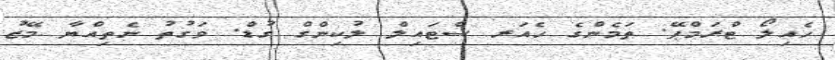
ހެއިލޯ ޓްރަމްޕޭ. ތަމެންގެ ހެއަރ ސްޓައިލް ލުކިންގް ގުޑް. ވަގުތު ނެތިއްޔާ މޭޒު